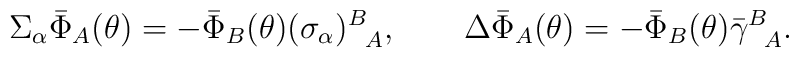
\Sigma_\alpha \bar{\Phi}_A(\theta) = - \bar{\Phi}_B(\theta)(\sigma_\alpha)^B_{~~\!A},\qquad\Delta \bar{\Phi}_A(\theta) = - \bar{\Phi}_B(\theta) {\bar\gamma}^B_{~~\!A}.